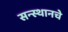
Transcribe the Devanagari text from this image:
सन्स्थानचे